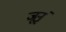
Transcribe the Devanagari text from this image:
जूनृं